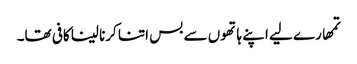
تمھارے لیے اپنے ہاتھوں سے بس اتنا کرنا لینا کافی تھا۔